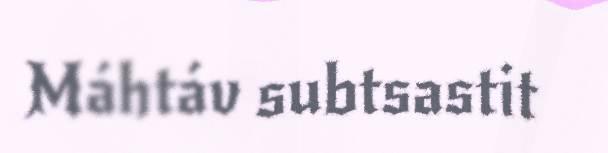
Máhtáv subtsastit